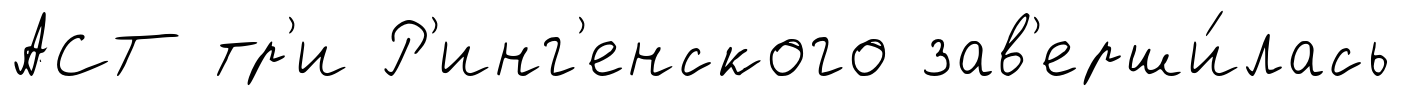
АСТ тр'и Р'инг'енского зав'ерши́лась